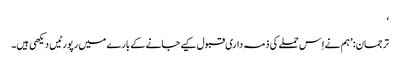
‘
ترجمان: ’ہم نے اِس حملے کی ذمہ داری قبول کیے جانے کے بارے میں رپورٹیں دیکھی ہیں۔